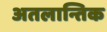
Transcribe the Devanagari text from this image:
अतलान्तिक